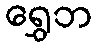
ရွှေဘ